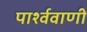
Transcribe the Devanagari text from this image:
पार्श्ववाणी